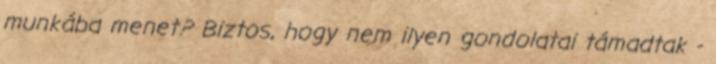
munkába menet? Biztos, hogy nem ilyen gondolatai támadtak -